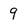
Character: 9